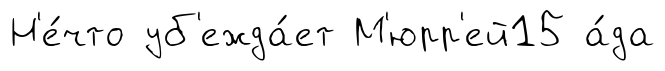
Н'е́что уб'ежда́ет М'юрр'ей15 а́да